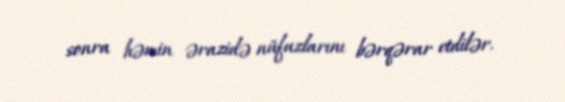
sonra həmin ərazidə nüfuzlarını bərqərar etdilər.